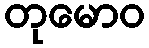
တုမောဝ